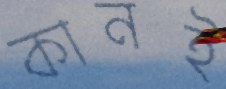
কানই